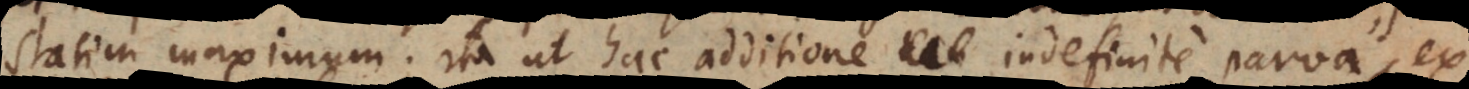
statim maximum; ita ut hac additione indefinite parva ex